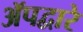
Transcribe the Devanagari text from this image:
ॲपद्वारे